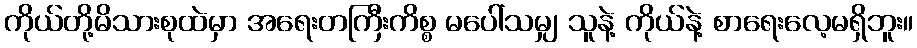
ကိုယ်တို့မိသားစုထဲမှာ အရေးတကြီးကိစ္စ မပေါ်သမျှ သူနဲ့ ကိုယ်နဲ့ စာရေးလေ့မရှိဘူး။